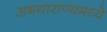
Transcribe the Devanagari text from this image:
अभयाराण्यमध्ये